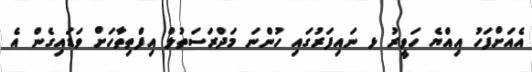
އެއަށްފަހު އިއްޔެ ހަވީރު ޅ ނައިފަރުގައި ހުންނަ މަދްރަސަތުލް އިފްތިތާހަށް ވަޑައިގެން އެ